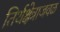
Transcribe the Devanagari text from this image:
तिर्थक्षेत्राजवळ